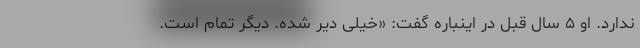
ندارد. او ۵ سال قبل در اینباره گفت: «خیلی دیر شده. دیگر تمام است.